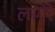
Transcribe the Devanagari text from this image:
लागेरे